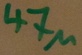
Text: 47µ